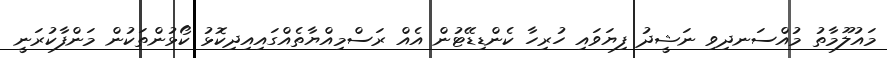
މައުލޫމާތު މުއްސަނދިވި ނަޝީދު ފިޔަވައި ހުރިހާ ކެންޑިޑޭޓުން އެއް ރަސްމިއްޔާތެއްގައިއިދިކޮޅު ކޯޅުންތަކުން މަންފާކުރަނީ